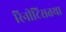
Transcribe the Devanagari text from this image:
रिनीटिसतथा